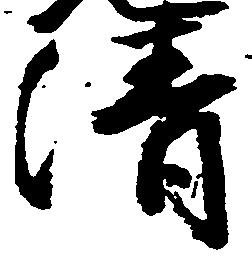
清